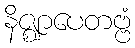
နိဇ္ဈာပေတဗ္ဗံ